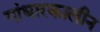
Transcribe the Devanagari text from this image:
गांधारकालीन